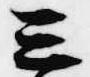
三